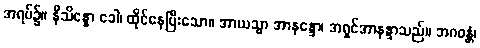
အရပ်၌။ နိသိန္နော ခေါ၊ ထိုင်နေပြီးသော။ အာယသ္မာ အာနန္ဒော၊ အရှင်အာနန္ဒာသည်။ ဘဂဝန္တံ၊